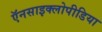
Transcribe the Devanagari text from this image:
ऍनसाइक्लोपीडिया